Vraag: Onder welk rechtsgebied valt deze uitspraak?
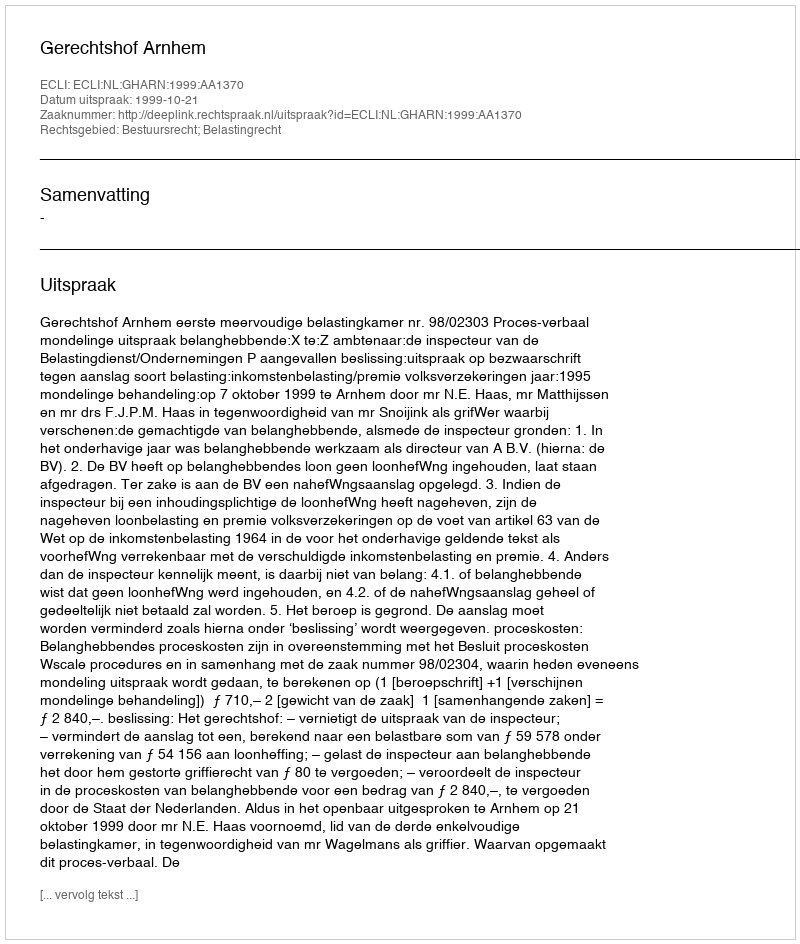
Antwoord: Bestuursrecht; Belastingrecht